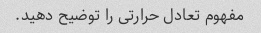
مفهوم تعادل حرارتی را توضیح دهید.